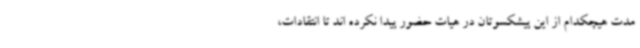
مدت هیچکدام از این پیشکسوتان در هیات حضور پیدا نکرده اند تا انتقادات،